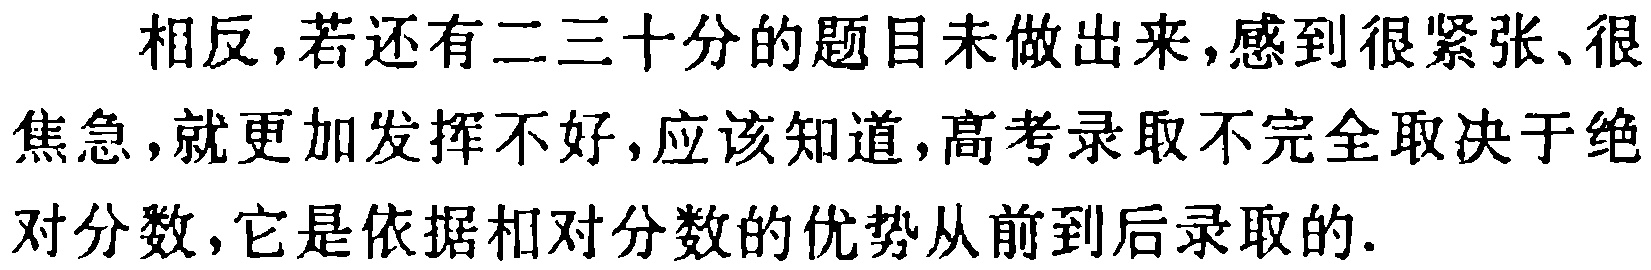
相反，若还有二三十分的题目未做出来，感到很紧张、很焦急，就更加发挥不好，应该知道，高考录取不完全取决于绝对分数，它是依据相对分数的优势从前到后录取的.